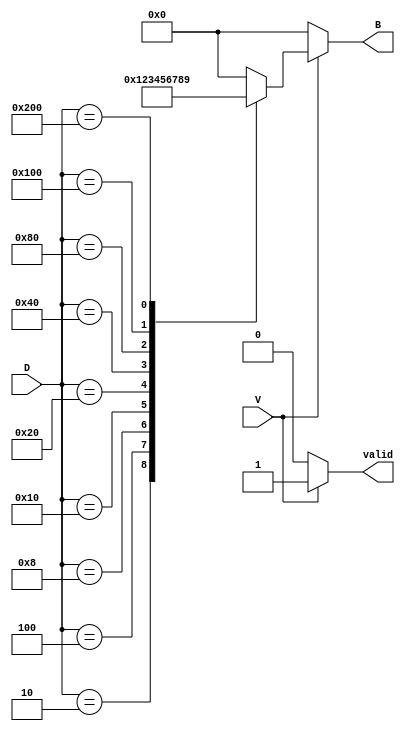
module DecimalToBinaryEncoder (
    input wire [9:0] D,  // decimal inputs D0 to D9
    input wire V,        // valid input
    output reg [3:0] B,  // binary output B3 to B0
    output reg valid      // output valid signal
);

    always @(*) begin
        // Default output state for invalid input or when V is low
        B = 4'b0000;
        valid = 1'b0;
        
        if (V) begin
            // Check inputs from D0 to D9 for active high
            case (D)
                10'b0000000001: B = 4'b0000; // D0
                10'b0000000010: B = 4'b0001; // D1
                10'b0000000100: B = 4'b0010; // D2
                10'b0000001000: B = 4'b0011; // D3
                10'b0000010000: B = 4'b0100; // D4
                10'b0000100000: B = 4'b0101; // D5
                10'b0001000000: B = 4'b0110; // D6
                10'b0010000000: B = 4'b0111; // D7
                10'b0100000000: B = 4'b1000; // D8
                10'b1000000000: B = 4'b1001; // D9
                default: begin
                    // If multiple inputs are detected, B remains 0000
                    B = 4'b0000; // Undefined condition
                end
            endcase
            valid = 1'b1; // Set valid output if inputs are valid
        end
    end
endmodule